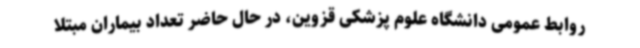
روابط عمومی دانشگاه علوم پزشکی قزوین، در حال حاضر تعداد بیماران مبتلا